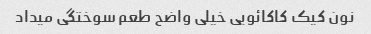
نون کیک کاکائویی خیلی واضح طعم سوختگی میداد